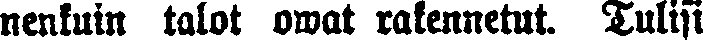
nenkuin talot owat rakennetut. Tulisi